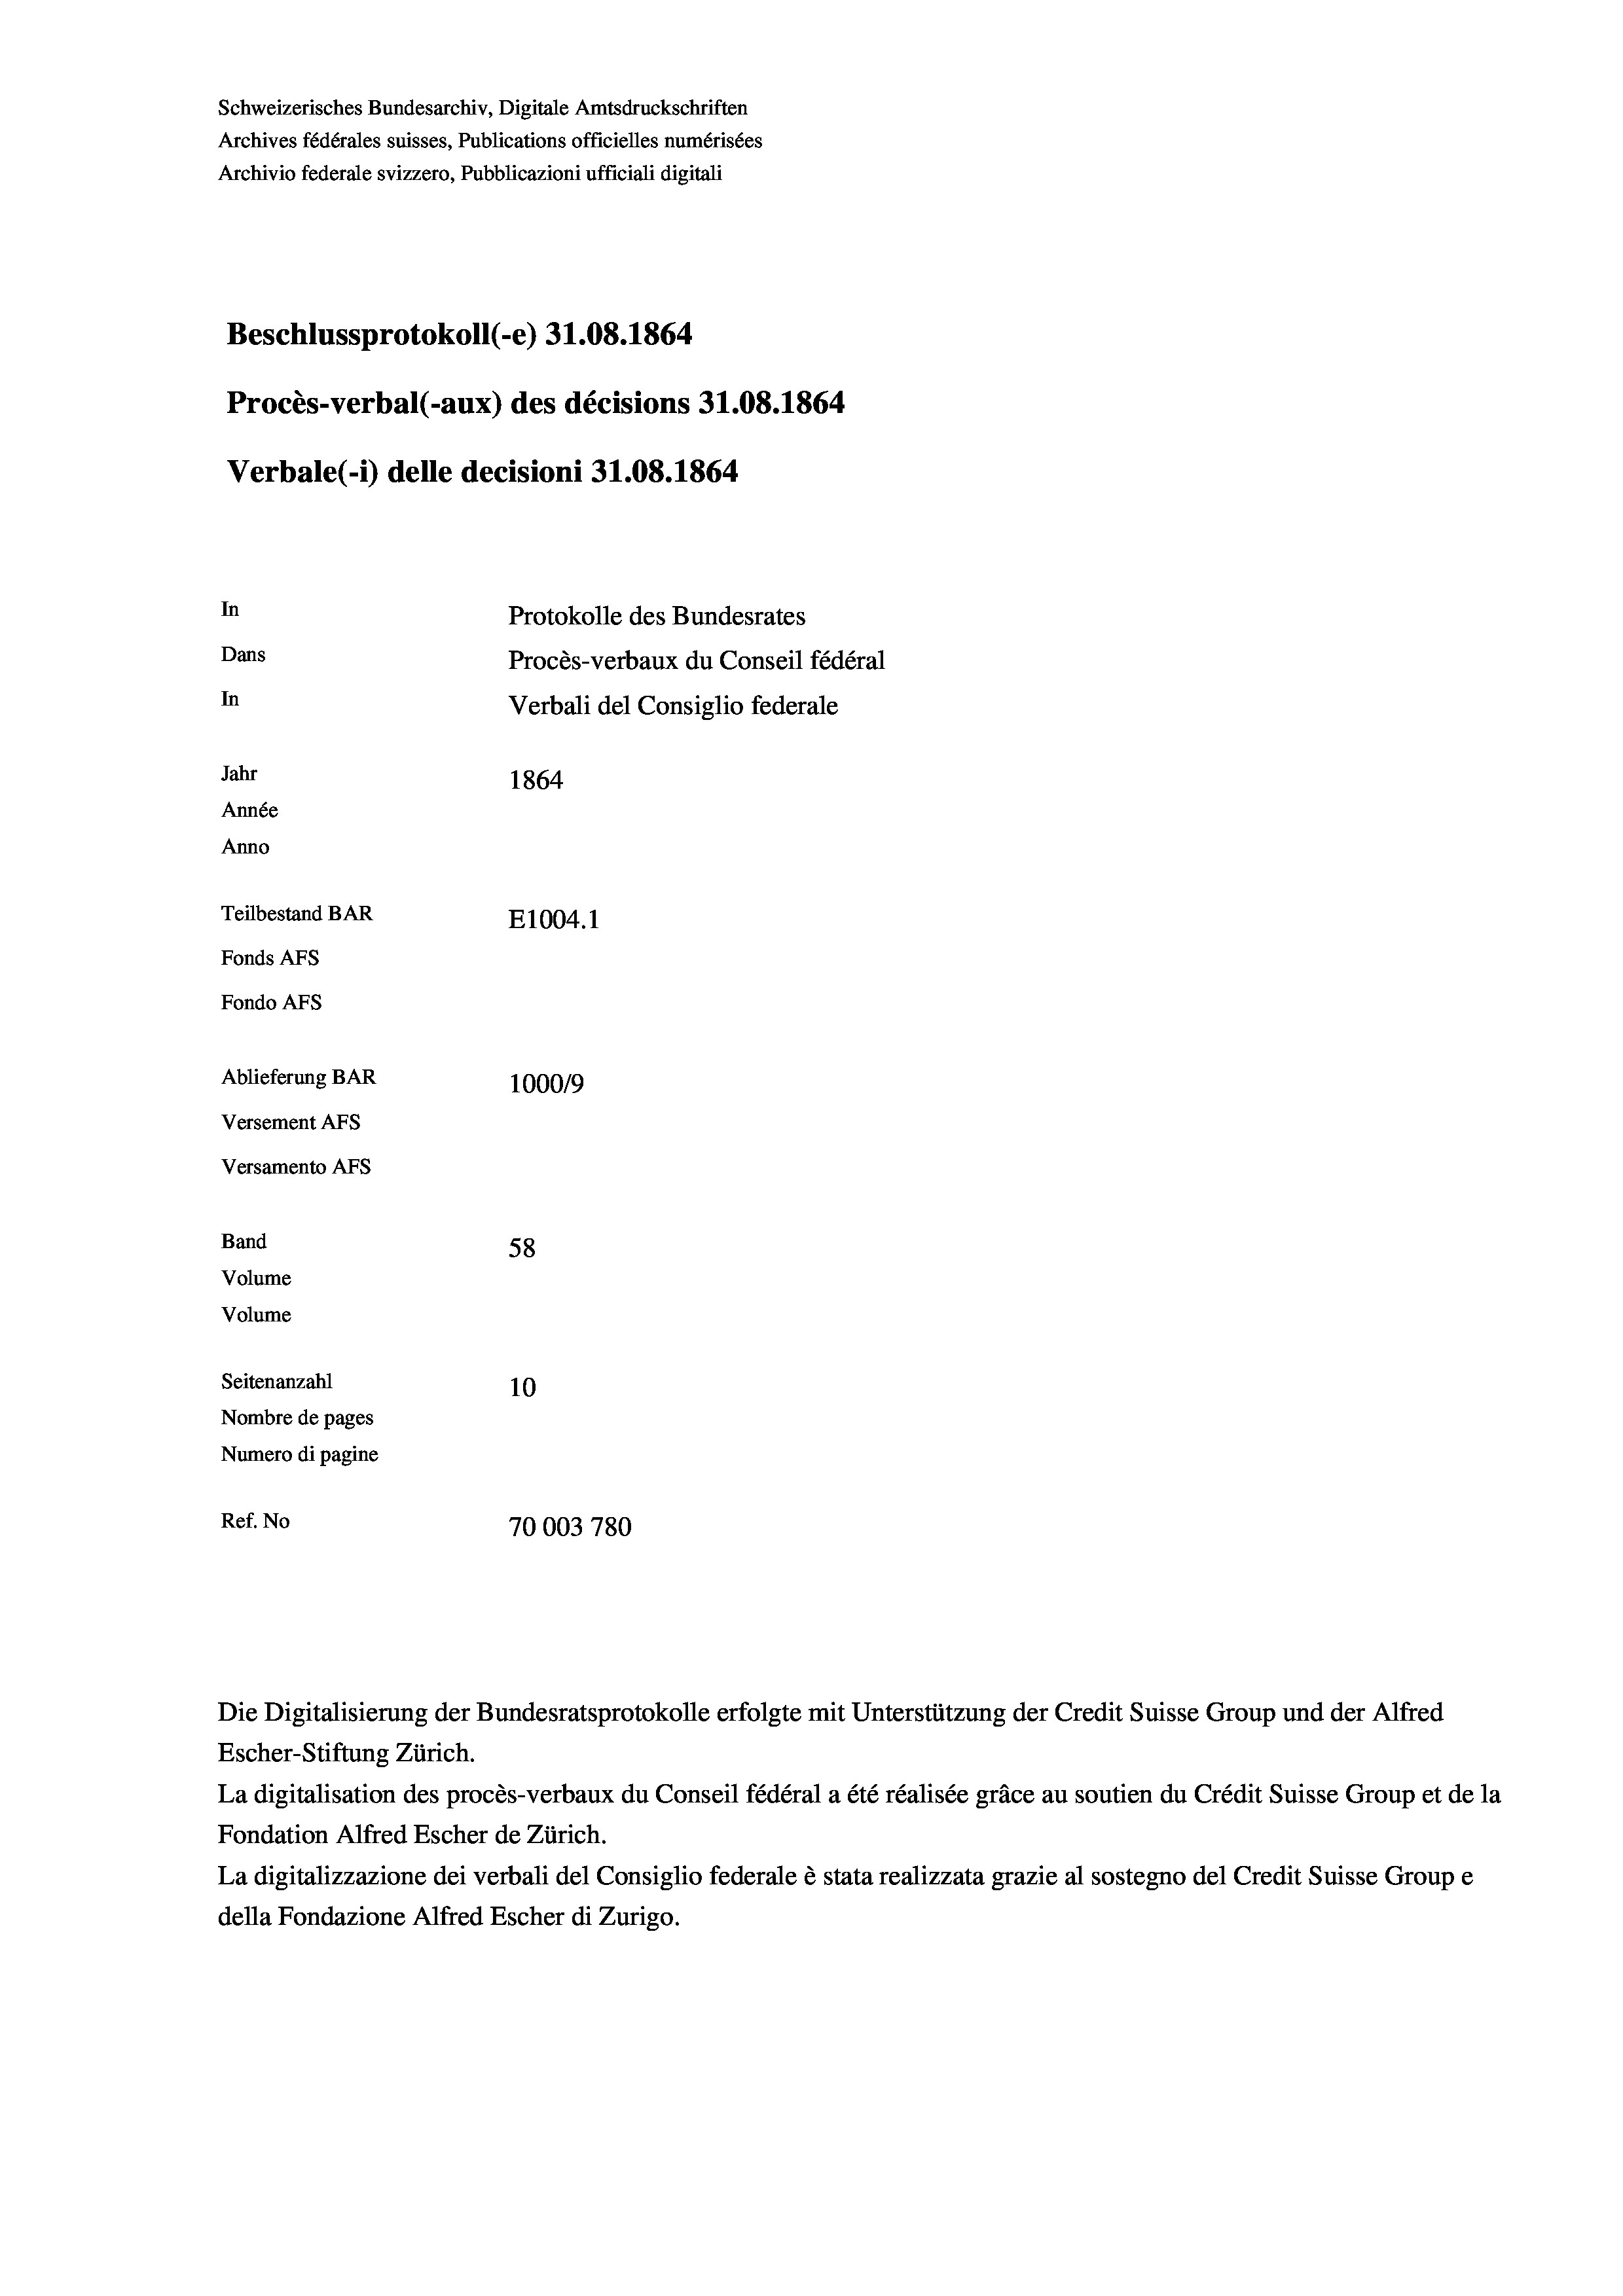
Schweizerisches Bundesarchiv, Digitale Amtsdruckschriften
Archives fédérales suisses, Publications officielles numérisées
Archivio federale svizzero, Pubblicazioni ufficiali digitali
Beschlussprotokoll (-e) 31.08. 1864
Procès-verbal (-aux) des décisions 31.08. 1864
Verbale (i) delle decisioni 31.08. 1864
In
Protokolle des Bundesrates
Dans
Procès-verbaux du Conseil fédéral
In
Verbali del Consiglio federale
Jahr
1864
Année
Anno
Teilbestand BAR
E1004.1
Fonds Afs
Fondo AFs
Ablieferung BAR
100019
Versement AFs
Versamento Afs
Band
58
Volume
Volume
Seitenanzahl
10
Nombre de pages
Numero di pagine
Ref. No
70003 780

Escher-Stiftung Zürich.
La digitalisation des procès-verbaux du Conseil fédéral a été réalisée gräce au soutien du Crédit Suisse Group et de la
Fondation Alfred Escher de Zürich.
La digitalizzazione dei verbali del Consiglio federale è stata realizzata grazie al sostegno del Credit Suisse Groupe
della Fondazione Alfred Escher di Zurigo.

Die Digitalisierung der Bundesratsprotokolle erfolgte mit Unterstützung der Credit Suisse Group und der Alfred